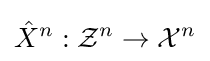
{\hat {X}}^{n}:{\mathcal {Z}}^{n}\to {\mathcal {X}}^{n}